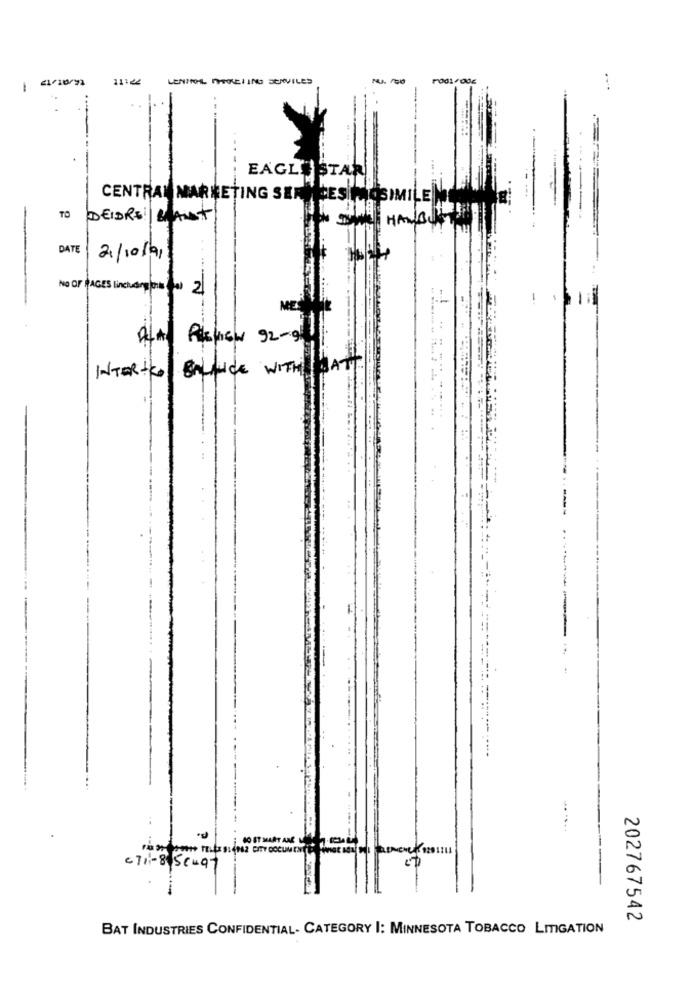
11122
LENITOL MARKETING SERVICES
-
EAGLE STAR
CENTRAL MARKETING SER
DMI
.E
-
TO DEIDRE:| BLANDT
DATE
21/10/91
No OF PAGES linchuang lois 0 2
ME
A4+ REVIEW 92-94
INTER-CO BALANCE WITH
HATT
......
c Til-8 scuat
202767542
BAT INDUSTRIES CONFIDENTIAL- CATEGORY I: MINNESOTA TOBACCO LITIGATION